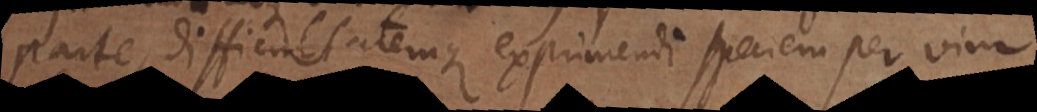
parte, difficultatemque exprimendi speciem per vim